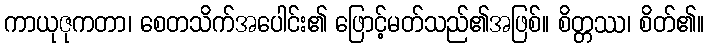
ကာယုဇုကတာ၊ စေတသိက်အပေါင်း၏ ဖြောင့်မတ်သည်၏အဖြစ်။ စိတ္တဿ၊ စိတ်၏။